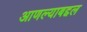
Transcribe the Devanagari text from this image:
आणल्याबद्दल